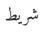
شريط